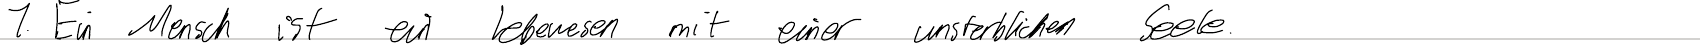
1. Ein Mensch ist ein Lebewesen mit einer unsterblichen Seele.